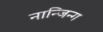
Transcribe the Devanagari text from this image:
नान्जिन्ग